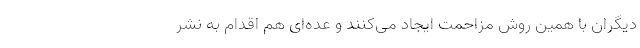
دیگران با همین روش مزاحمت ایجاد می‌کنند و عده‌ای هم اقدام به نشر